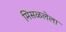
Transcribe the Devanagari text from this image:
मिसळलेला